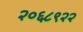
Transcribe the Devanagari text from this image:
२०६८९२२